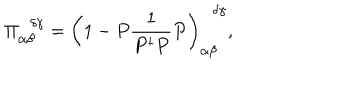
\Pi _ { \alpha \beta } ^ { \, \, \, \, \delta \gamma } = \left( 1 - P \frac { 1 } { P ^ { \dagger } P } P \right) _ { \alpha \beta } ^ { \, \, \, \, \delta \gamma } ,